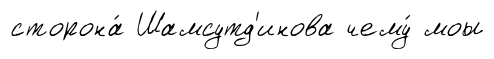
сторона́ Шамсутд'инова чему́ моы